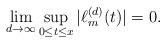
LaTeX: \begin{align*}\lim_{d\to\infty}\sup_{0\le t\le x}|\ell_m^{(d)}(t)|=0.\end{align*}